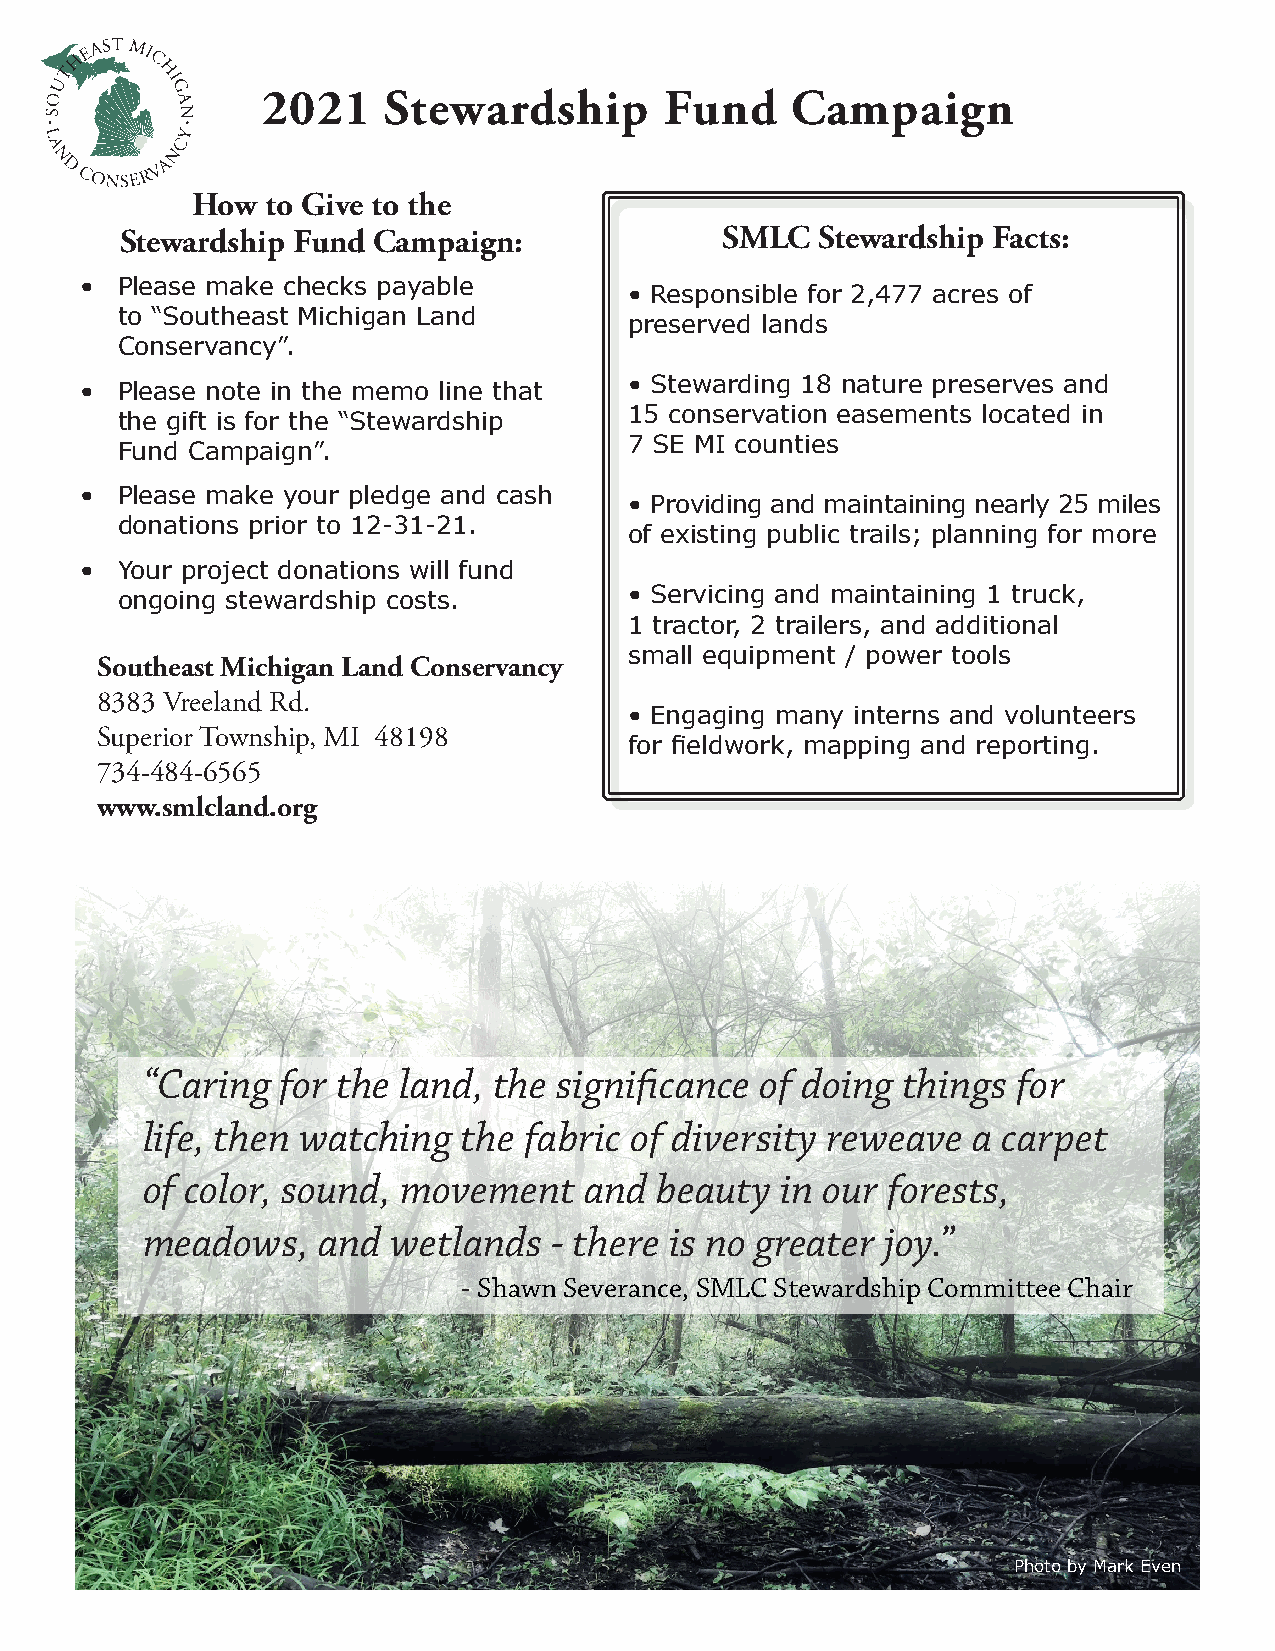
2021     Stewardship       Fund    Campaign
 How  to Give to the
 Stewardship Fund Campaign:              SMLC  Stewardship Facts:
 •  Please make checks payable
 • Responsible for 2,477 acres of
 to “Southeast Michigan Land
 preserved lands
 Conservancy”.
 • Stewarding 18 nature preserves and
 •  Please note in the memo line that
 15 conservation easements located in
 the gift is for the “Stewardship
 7 SE MI counties
 Fund Campaign”.
 •  Please make your pledge and cash
 • Providing and maintaining nearly 25 miles
 donations prior to 12-31-21.
 of existing public trails; planning for more
 •  Your project donations will fund
 ongoing stewardship costs.        • Servicing and maintaining 1 truck,
 1 tractor, 2 trailers, and additional
 small equipment / power tools
 Southeast Michigan Land Conservancy
 8383 Vreeland Rd.
 • Engaging many interns and volunteers
 Superior Township, MI 48198
 for fieldwork, mapping and reporting.
 734-484-6565
 www.smlcland.org
 “Caring   for the land, the significance of doing  things for
 life, then watching   the fabric of diversity reweave  a carpet
 of color, sound, movement     and beauty   in our forests,
 meadows,    and  wetlands   - there is no greater joy.”
 - Shawn Severance, SMLC Stewardship Committee Chair
 Photo by Mark Even